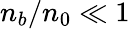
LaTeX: n_{b}/n_{0}\ll 1